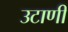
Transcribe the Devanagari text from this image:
उटाणी